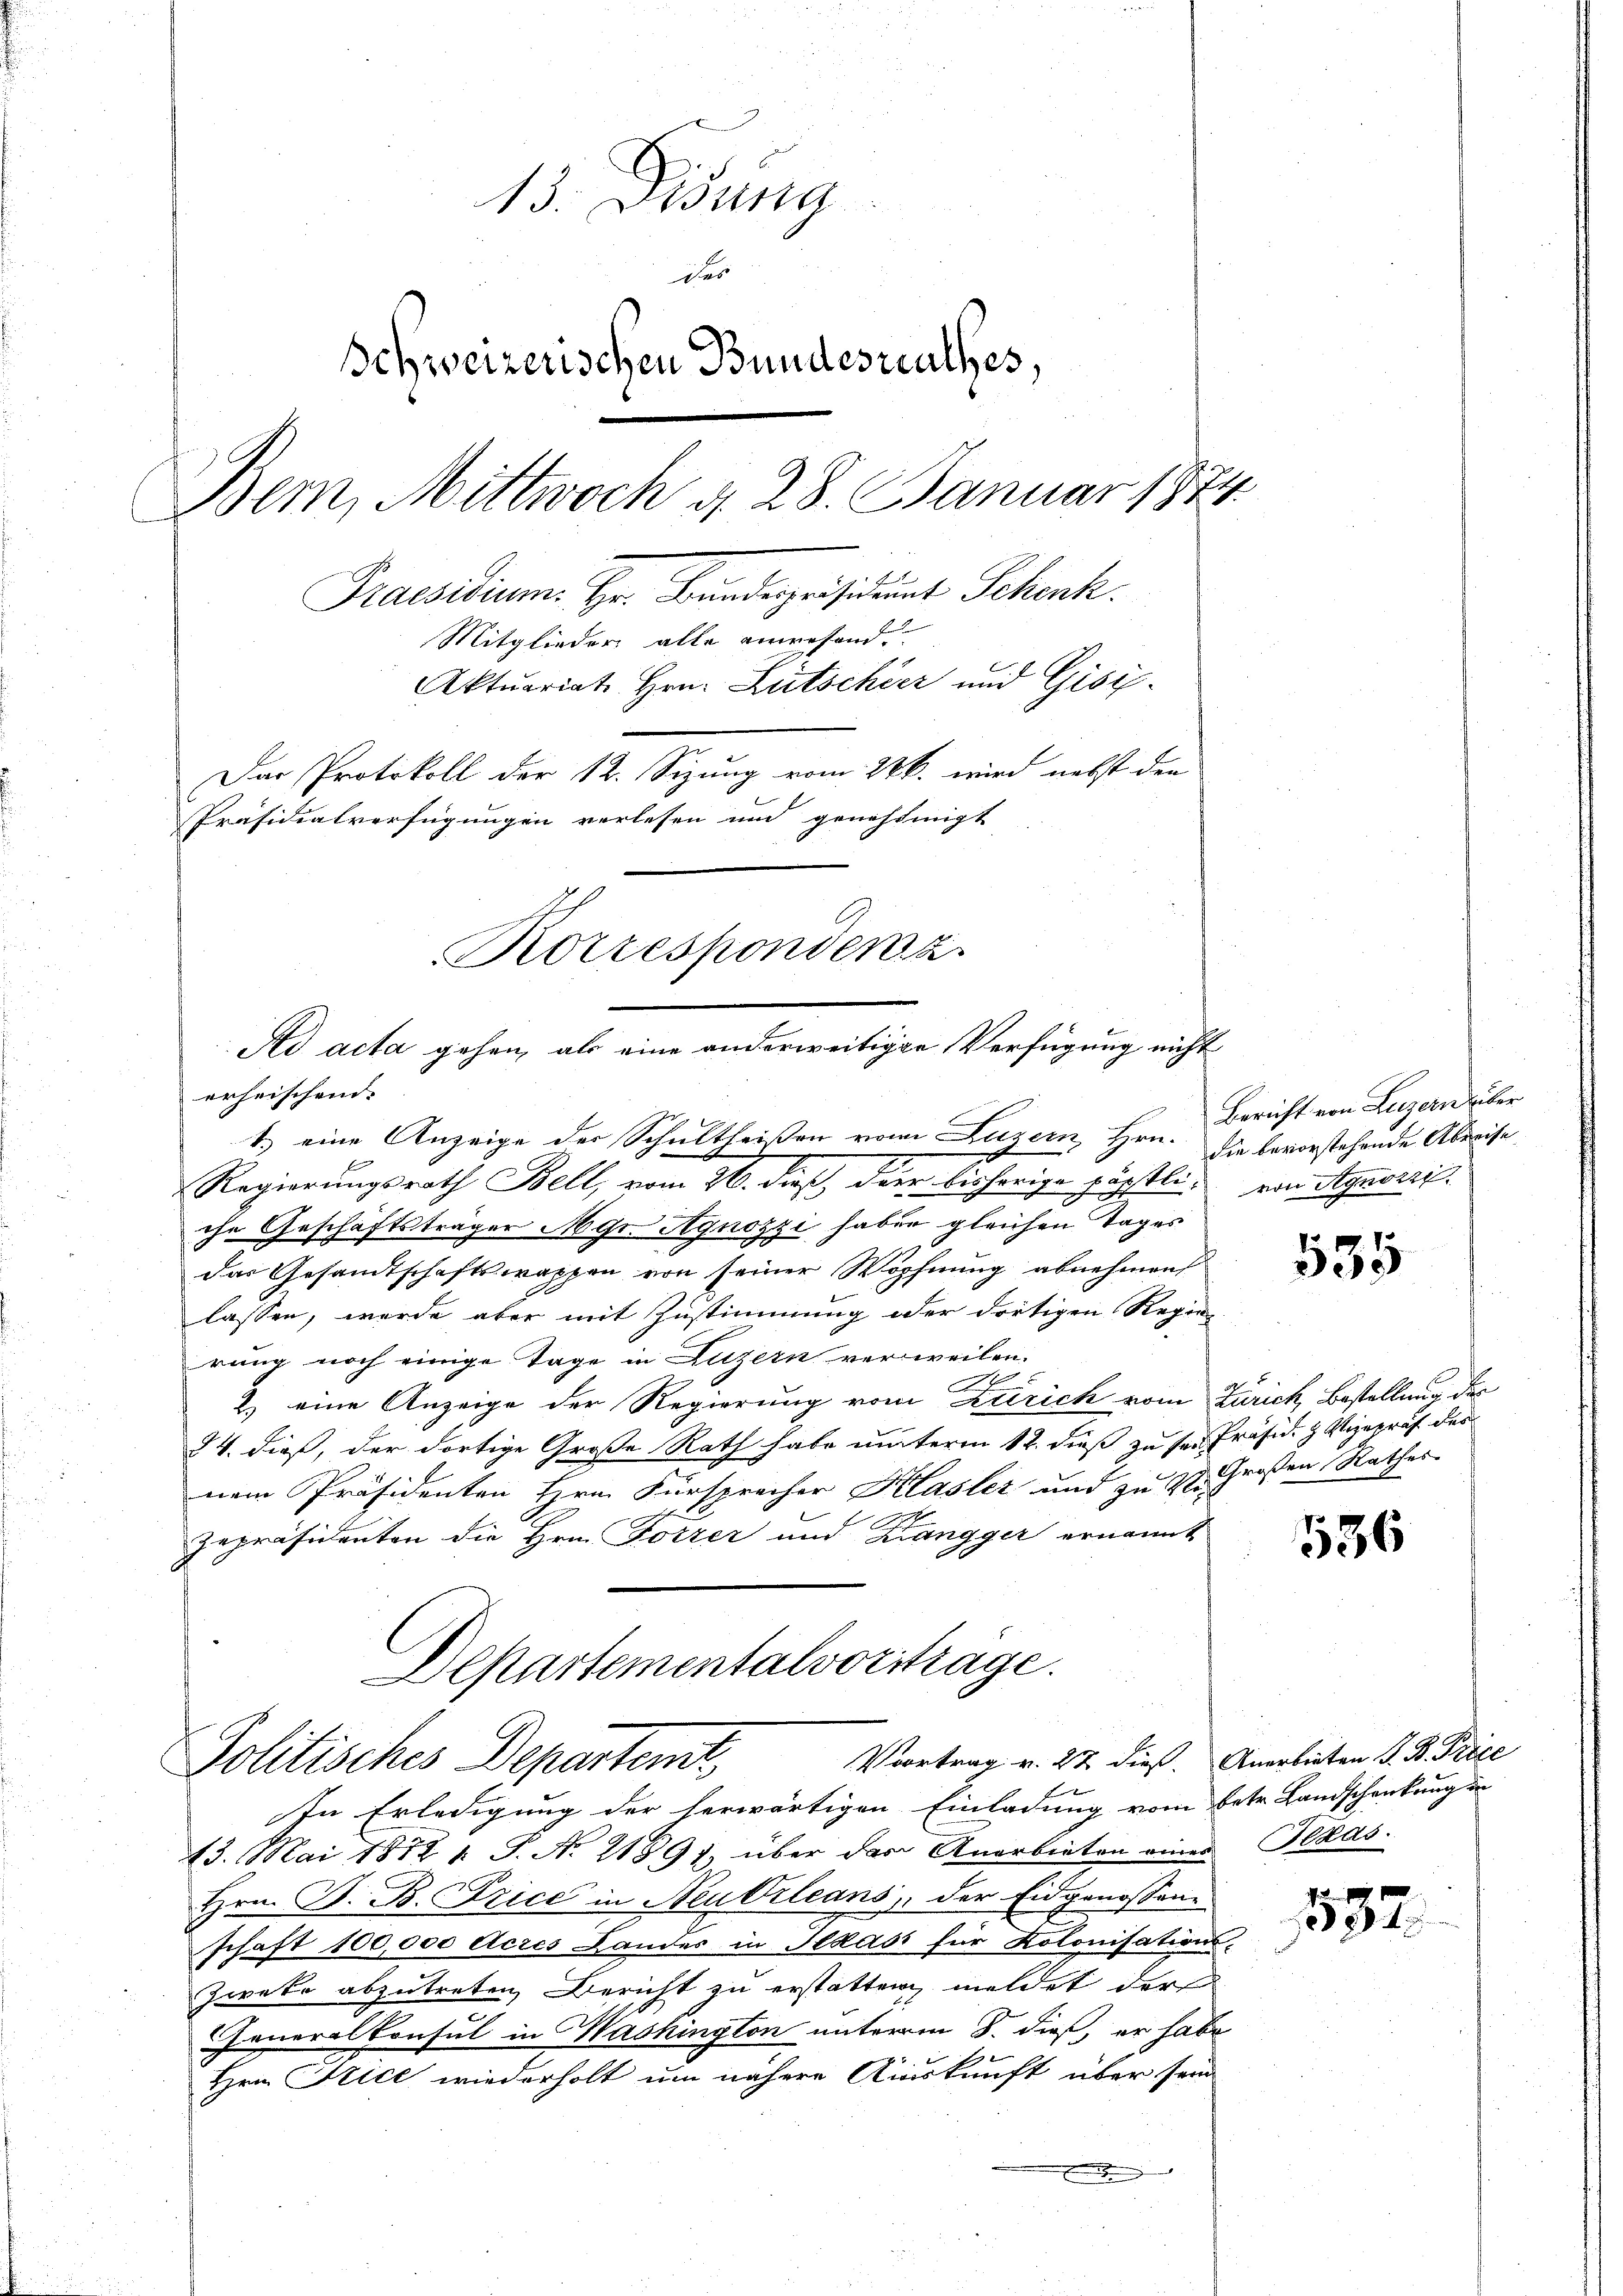
13. Jung
des
Schweizerischen Bundesrathes,
Bem, Mittwoch d. 28. Januar 1874
Praesidium. Hr. Bundespräsident Schenk
Mitglieder alle einwesend
Aktuariat Hrn. Rutschier und Gisi¬
Das Protokoll der 12. Sizung vom 286. wird nebst den
Präsidialverfügungen verlesen und genehmigt
Korresponden z

Ad acta gehen, als eine anderweitigte Verfügung nicht
erheischend.
1.) eine Anzeige der Schultheißen von Luzern, Hrn. sie bevorstehende Abreise

Regierungsrath Bell, vom 26. dieß, dies bisherige päpstli, von Agnori
che Geschäftsträger Mgr Agnozzi haben gleichen Tages
das Gesandtschaftswappen von seiner Wopfnung abnehmend
lassen, werde aber mit Zustimmung oder dortigen Regie-
rung noch einige Tage in Luzern verweilen.
t
x
2.) eine Anzeige der Regierung vom Strich vom Zürich, Bestellung des
24. dieß, der dortige Große Rath habe unterm 12. dieß zu ser Präsid. H. Vizepräs. des
nem Präsidenten Hrn. Fürspracher Klasler und zu 20. Großen Rathes
Zepräsidenten die Hrn. Forrer und Krangger ernannt

Departementalvorstrage.
Voortrag v. 22 dieß. Anerbieten J. B. Price
Politisches Departent,

In Erledigung der herwärtigen Einladung vom betr. Landschankung in
13. Mai 1879 1. P. No 21891 über das Anerbieten eines
Hrn. B. B. Frice in Neu Orleans, der Eidgenossen-
schaft 100,000 Acres Landes in Ilkasi für Kolonisations-
Zwete abzutreten Bericht zu erstatten, meldet der
Generalkonsul in Washington unterm 8. dieß, er habe
Hrn Krice wiederholt um nähere Auskunft über sein
E

Bericht von Luzern über

595

536

Seras.

532.